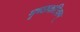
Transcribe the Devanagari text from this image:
मृच्छकटिकम्‌